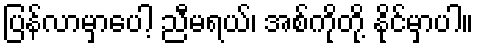
ပြန်လာမှာပေါ့ ညီမရယ်၊ အစ်ကိုတို့ နိုင်မှာပါ။